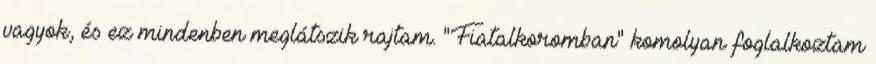
vagyok, és ez mindenben meglátszik rajtam. "Fiatalkoromban" komolyan foglalkoztam